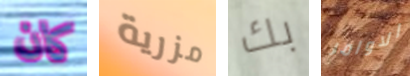
كان مزرية بك الاوامر